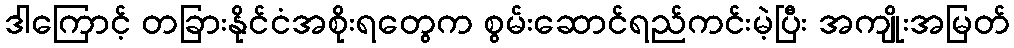
ဒါကြောင့် တခြားနိုင်ငံအစိုးရတွေက စွမ်းဆောင်ရည်ကင်းမဲ့ပြီး အကျိုးအမြတ်